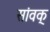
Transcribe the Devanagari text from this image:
सांवक्